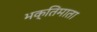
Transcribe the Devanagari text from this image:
भक्तिमाता